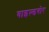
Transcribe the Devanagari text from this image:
वाइल्डबोर